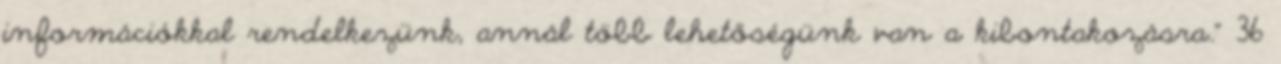
információkkal rendelkezünk, annál több lehetőségünk van a kibontakozásra.” 36